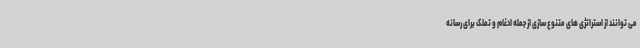
می توانند از استراتژی های متنوع سازی از جمله ادغام و تملک برای رسانه